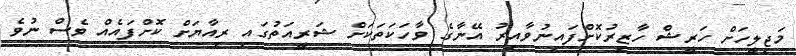
މަޖިލީހަށް ހަރީޝް ހާޒިރުކޮށްފައިނުވާއިރު އޭނާގެ ވާހަކަތަކަށް ޝަރީއަތުގައި ރިއާޔަށް ކޮށްފައެއް ވެސް ނުވެ